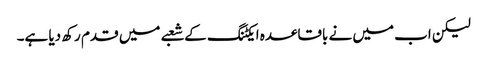
لیکن اب میں نے باقاعدہ ایکٹنگ کے شعبے میں قدم رکھ دیا ہے۔